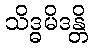
သိဒ္ဓမိဒန္တိ